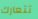
تتعارك